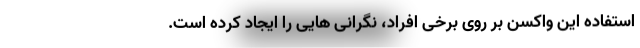
استفاده این واکسن بر روی برخی افراد، نگرانی هایی را ایجاد کرده است.